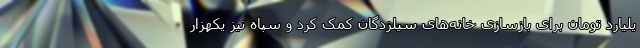
یلیارد تومان برای بازسازی خانه‌های سیلزدگان کمک کرد و سپاه نیز یکهزار